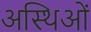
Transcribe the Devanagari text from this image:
अस्थिओं